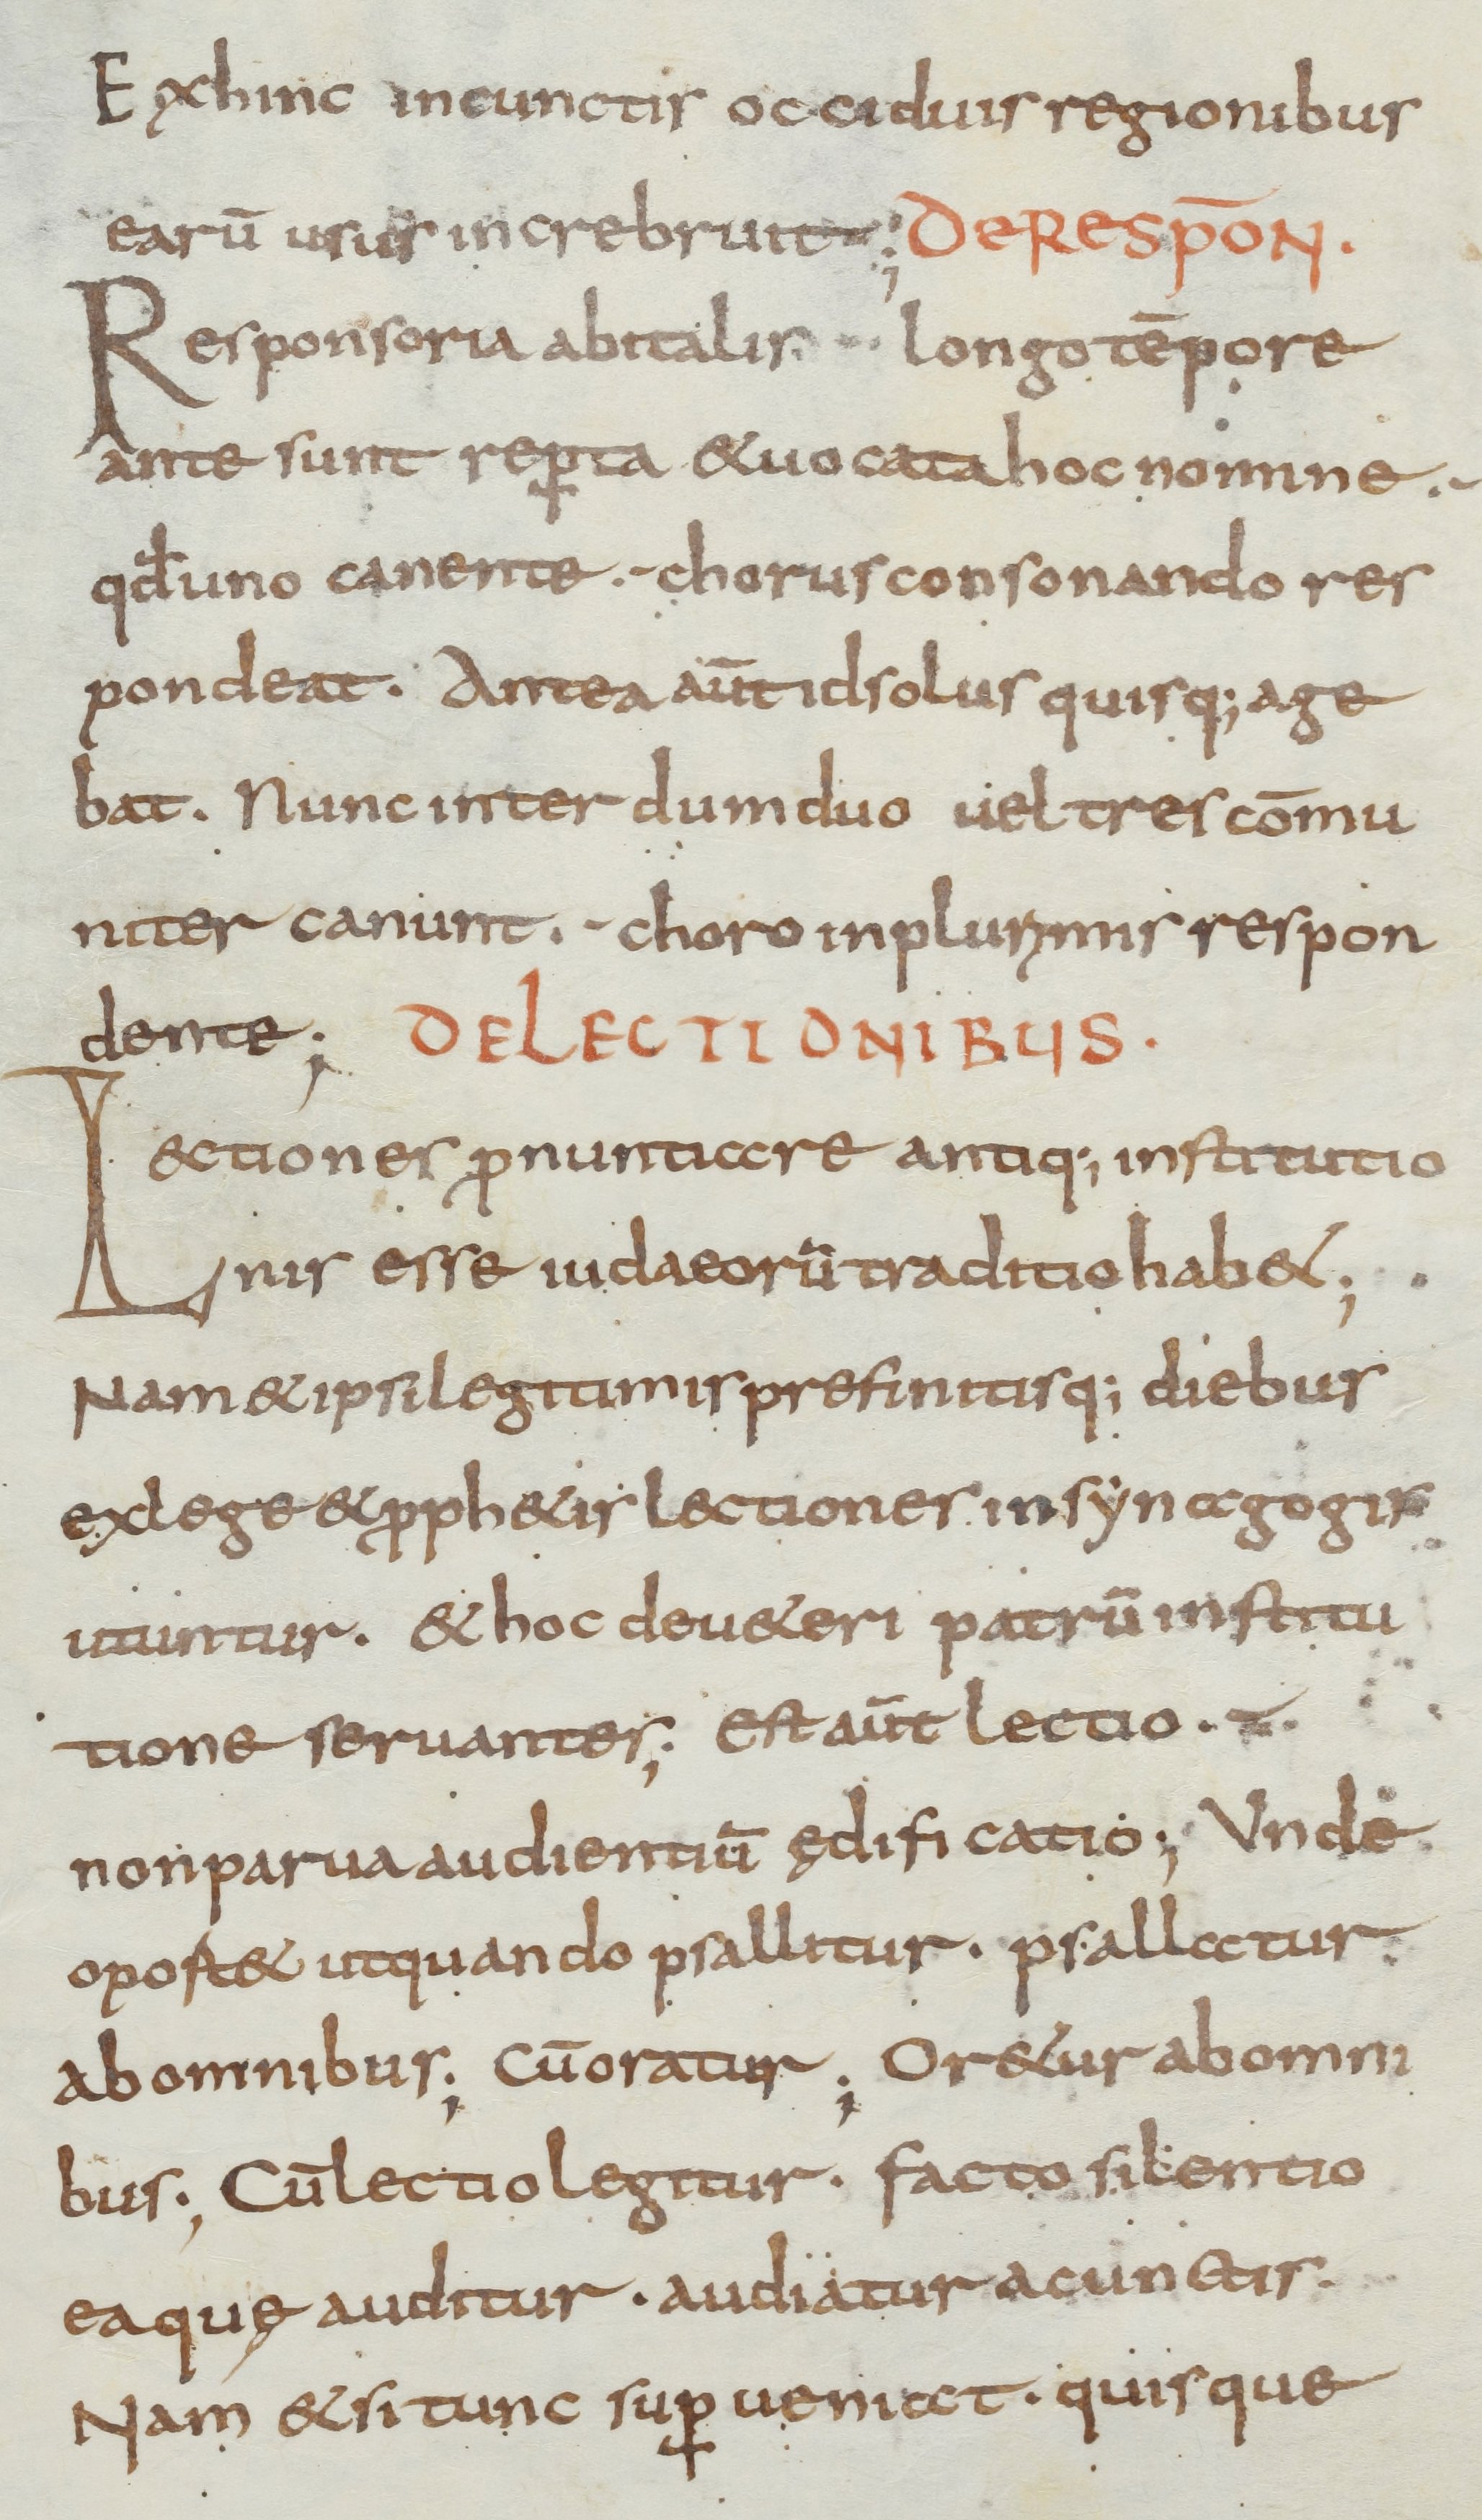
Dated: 800–899